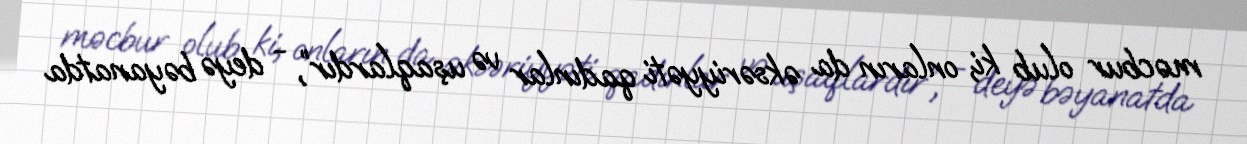
məcbur olub ki, onların da əksəriyyəti qadınlar və uşaqlardır”, - deyə bəyanatda